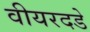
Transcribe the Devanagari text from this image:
वीयरदडे